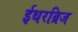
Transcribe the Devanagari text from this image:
ईथरब्रिज